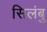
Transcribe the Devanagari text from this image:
सिलंबु